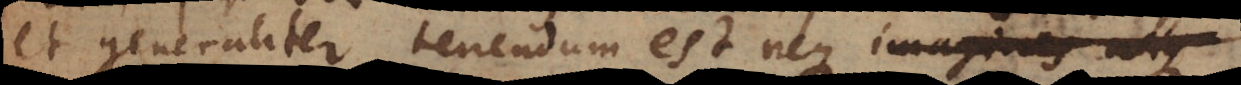
et generaliter tenendum est neque adorationem coram